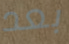
بعد